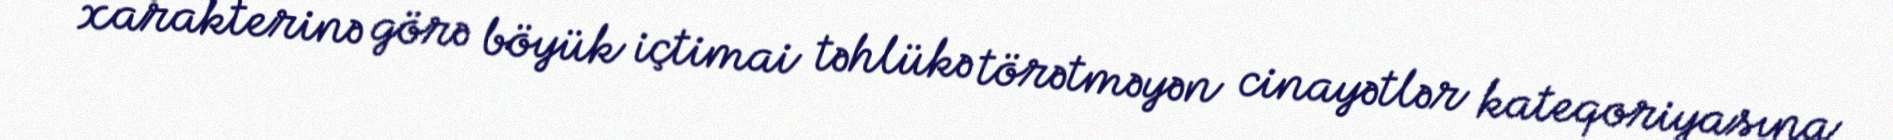
xarakterinə görə böyük içtimai təhlükə törətməyən cinayətlər kateqoriyasına